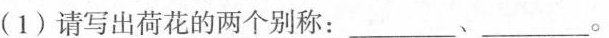
(1)请写出荷花的两个别称：_________、_________。